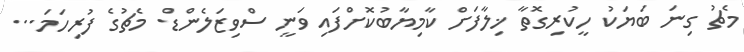
މެޗު ގިނަ ބަޔަކު ހީކުރިގޮތާ ޚިލާފަށް ކާމިޔާބުކޮށްފައި ވަނީ ސްވިޒަލެންޑް. މެޗުގެ ފުރިހަމަ...